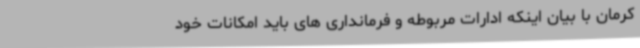
کرمان با بیان اینکه ادارات مربوطه و فرمانداری های باید امکانات خود